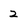
Character: 2